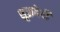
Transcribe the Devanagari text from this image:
शुक्रदेवी